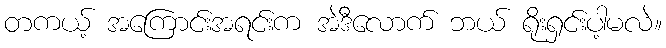
တကယ့် အကြောင်းအရင်းက အဲဒီလောက် ဘယ် ရိုးရှင်းပါ့မလဲ။